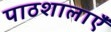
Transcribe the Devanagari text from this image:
पाठशालाऍं